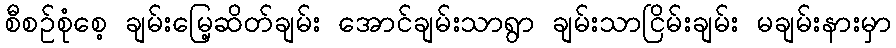
စီစဉ်စုံစေ့ ချမ်းမြေ့ဆိတ်ချမ်း အောင်ချမ်းသာရွာ ချမ်းသာငြိမ်းချမ်း မချမ်းနားမှာ